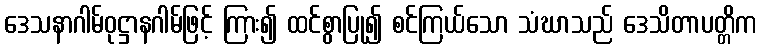
ဒေသနာဂါမ်ဝုဋ္ဌာနဂါမ်ဖြင့် ကြား၍ ထင်စွာပြု၍ စင်ကြယ်သော သံဃာသည် ဒေသိတာပတ္တိက